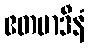
ဧတမာဒီနံ